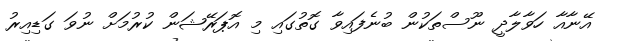
އޭނާއާ ހަވާލާދީ ނޫސްތަކުން ބުނެފައިވާ ގޮތުގައި މި އޮޕަރޭޝަން ކުރުމަށް ނުވަ ގަޑިއިރު